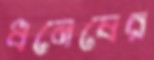
ধনেষের